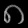
Digit: ၈